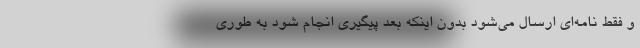
و فقط نامه‌ای ارسال می‌شود بدون اینکه بعد پیگیری انجام شود به طوری